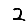
Digit: 2